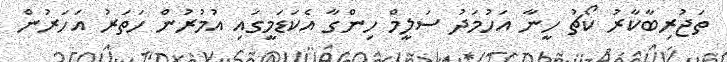
ތަޖުރިބާކާރު ކޯޗު ހީނާ އަހުމަދު ސަލީމް ހިންގާ އެކަޑަމީގައި އުމުރުން ހަތަރު އަހަރުން